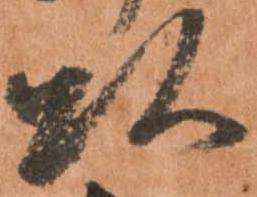
頭